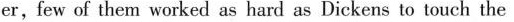
er,few of them worked as hard as Dickens to touch the